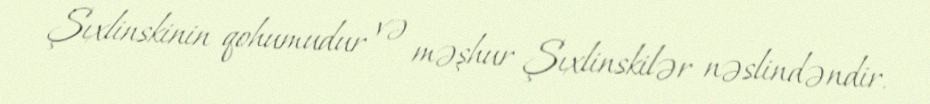
Şıxlinskinin qohumudur və məşhur Şıxlinskilər nəslindəndir.